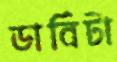
ডার্বিটা